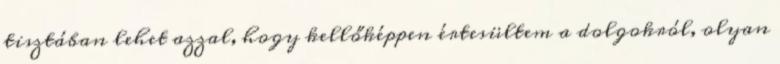
tisztában lehet azzal, hogy kellőképpen értesültem a dolgokról, olyan